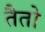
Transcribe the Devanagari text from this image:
तैतो